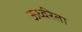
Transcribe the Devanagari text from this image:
ऊर्ध्वरेता